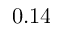
0 . 1 4